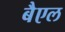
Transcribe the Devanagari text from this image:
बैएल